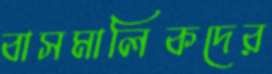
বাসমালিকদের